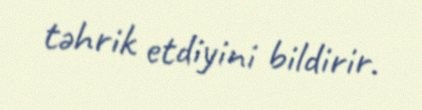
təhrik etdiyini bildirir.